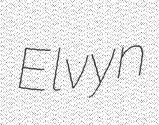
Elvyn